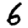
Digit: 6